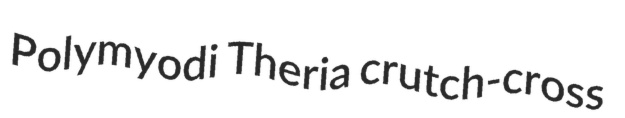
Polymyodi Theria crutch-cross